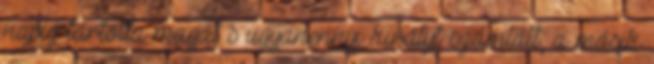
napig tartotta magát s ugyanennyi királyt számlált, a másik